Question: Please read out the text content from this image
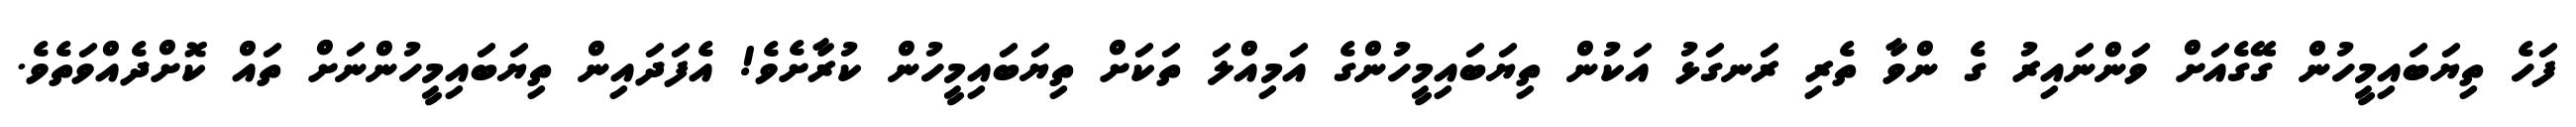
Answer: ފަހެ ތިޔަބައިމީހުން ގޭގެއަށް ވަންނައިރު ގެ ންވާ ތެރި ރަނގަޅު އަކުން ތިޔަބައިމީހުންގެ އަމިއްލަ ތަކަށް ތިޔަބައިމީހުން ކުރާށެވެ! އެފަދައިން ތިޔަބައިމީހުންނަށް ތައް ކޮށްދެއްވަތެވެ.